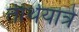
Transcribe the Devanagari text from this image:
तीर्थयात्रे